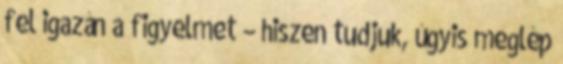
fel igazán a figyelmet – hiszen tudjuk, úgyis meglép